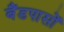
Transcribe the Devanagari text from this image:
बैंडपासों